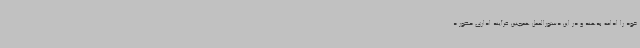
خود را ادامه بدهند و در این دستورالعمل همچنین فرآیند اداری حضور د